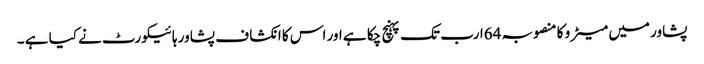
پشاور میں میٹر و کا منصوبہ 64ارب تک پہنچ چکا ہے اور اس کا انکشا ف پشاور ہائیکورٹ نے کیا ہے ۔